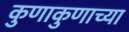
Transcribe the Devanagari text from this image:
कुणाकुणाच्या